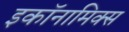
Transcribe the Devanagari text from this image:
इकॉनामिक्स